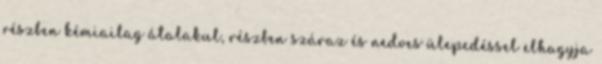
részben kémiailag átalakul, részben száraz és nedves ülepedéssel elhagyja